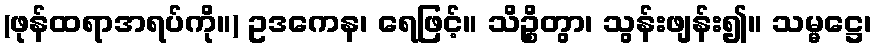
(ဖုန်ထရာအရပ်ကို။) ဥဒကေန၊ ရေဖြင့်။ သိဉ္စိတွာ၊ သွန်းဖျန်း၍။ သမ္မဋ္ဌေ၊